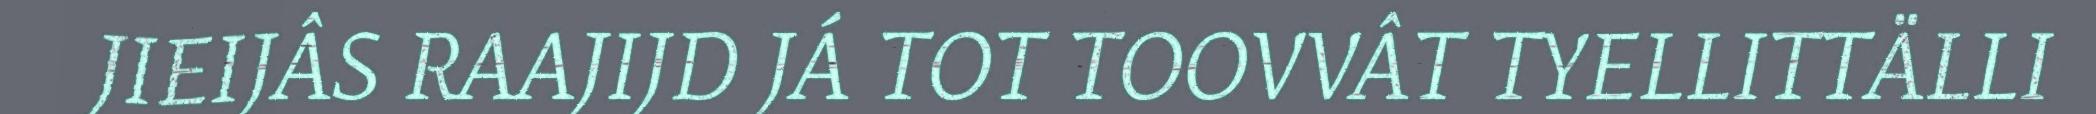
JIEIJÂS RAAJIJD JÁ TOT TOOVVÂT TYELLITTÄLLI